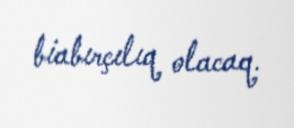
biabırçılıq olacaq.